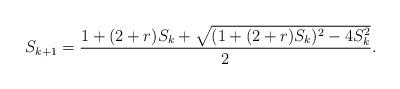
LaTeX: \begin{align*}S_{k+1}=\frac{1+(2+r)S_k+\sqrt{(1+(2+r)S_k)^2-4S_k^2}}{2}.\end{align*}